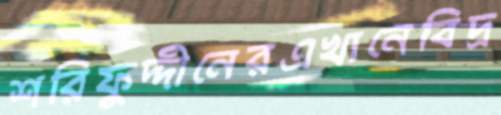
শরিফুদ্দীনেরএখানেবিদ্র